Report on vaccination in Madras 1904-1921 - 1904-1921
Year: 1904
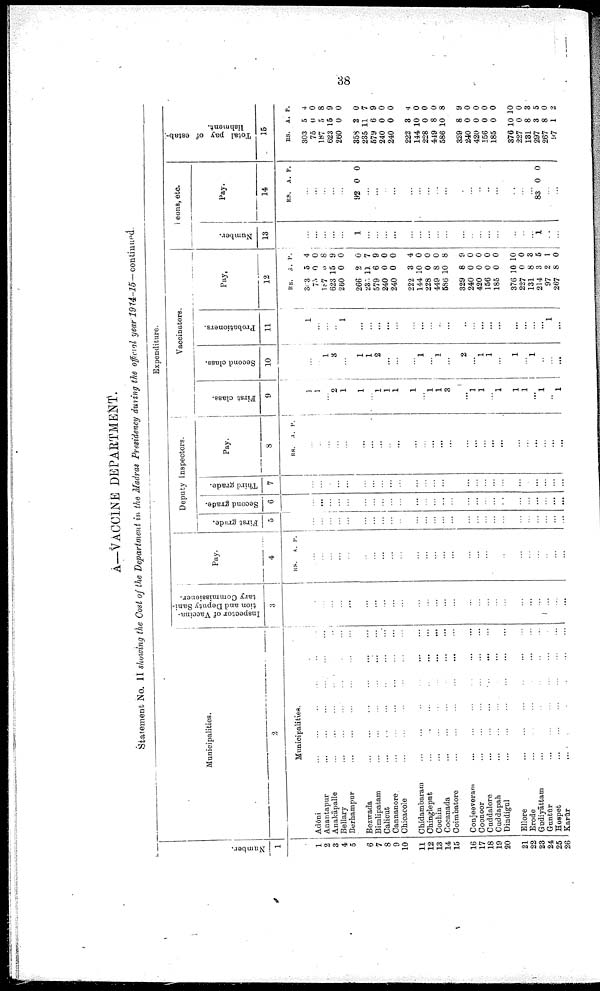
38
A—VACCINE DEPARTMENT.
Statement No. II showing the Cost of the Department in the Madras Presidency during the official year 1914-15— continued.
Number.
1
1
2
3
4
5
6
7
8
9
10
11
12
13
14
15
16
17
18
19
20
21
22
23
24
25
26
Municipalities.
2
Municipalities.
Adōni
...
...
...
...
...
...
Anantapur
...
...
...
...
...
...
Anakāpalle ... ... ... ... ... ...
Bellary ... ... ... ... ... ...
Berhampur ... ... ... ... ... ...
Bezwada
...
...
...
...
...
...
Bimlipatam
...
...
...
...
...
...
Calicut
...
...
...
...
...
...
Cannanore
...
...
...
...
...
...
Chicacole
...
...
...
...
...
...
Chidambaram
...
...
...
...
...
...
Chingleput
...
...
...
...
...
...
Cochin
...
...
...
...
...
...
Cocanada
...
...
...
...
...
...
Coimbatore
...
...
...
...
...
...
Conjeeveram
...
...
...
...
...
...
Coonoor
...
...
...
...
...
...
Cuddalore
...
...
...
...
...
...
Cuddapah ... ... ... ... ... ...
Dindigul
...
...
...
...
...
...
Ellore
...
...
...
...
...
...
Erode
...
...
...
...
...
...
Gudiyāttam ... ... ... ... ... ...
Guntūr
... ... ... ... ... ...
Hospet
...
...
...
...
...
...
Karūr
...
...
...
...
...
...
Expenditure.
Inspector of Vaccina
tion and Deputy Sani
tary Commissioner.
3
...
...
...
...
...
...
...
...
...
...
...
...
...
...
...
...
...
...
...
...
...
...
...
...
...
...
Pay.
4
RS. A. P.
...
...
...
...
...
...
...
...
...
...
...
...
...
...
...
...
...
...
...
...
...
...
...
...
...
...
Deputy Inspectors.
First grade.
5
...
...
...
...
...
...
...
...
...
...
...
...
...
...
...
...
...
...
...
...
...
...
...
...
...
...
Second grade.
6
...
...
...
...
...
...
...
...
...
...
...
...
...
...
...
...
...
...
...
...
...
...
...
...
...
...
Third grade.
7
...
...
...
...
...
...
...
...
...
...
...
...
...
...
...
...
...
...
...
...
...
...
...
...
...
...
Pay.
8
RS. A. P.
...
...
...
...
...
...
...
...
...
...
...
...
...
...
...
...
...
...
...
...
...
...
...
...
...
...
Vaccinators.
First class.
9
1
1
...
2
1
1
...
1
1
1
1
...
1
1
3
...
1
1
...
1
1
1
...
1
...
1
Second class.
10
...
...
1
3
...
1
1
2
...
...
...
1
...
1
...
2
...
1
1
...
1
...
1
...
...
...
Probationers.
11
1
...
...
...
1
...
...
...
...
...
...
...
...
...
...
...
...
...
...
...
...
...
...
...
1
...
Pay.
12
RS.
303
75
187
623
260
266
235
579
240
240
222
144
228
449
586
329
240
420
156
185
376
227
131
214
97
267
A.
5
0
3
15
0
2
11
6
0
0
3
10
0
8
10
8
0
0
0
0
10
0
8
3
2
8
P.
4
0
8
9
0
0
7
9
0
0
4
0
0
0
8
9
0
0
0
0
10
0
3
5
1
0
Peons, etc.
Number.
13
...
...
...
...
...
1
...
...
...
...
...
...
...
...
...
...
...
...
...
...
...
...
...
1
...
...
Pay.
14
RS. A P.
...
...
...
...
...
92 0 0
...
...
...
...
...
...
...
...
...
...
...
...
...
...
...
...
...
83 0 0
...
...
Total pay of estab¬
lishment.
15
RS.
303
75
187
623
260
358
235
579
240
240
222
144
228
449
586
329
240
420
156
185
376
227
131
297
267
97
A.
5
0
5
15
0
2
11
6
0
0
3
10
0
8
10
8
0
0
0
0
10
0
8
3
8
1
P.
4
0
8
9
0
0
7
9
0
0
4
0
0
0
8
9
0
0
0
0
10
0
3
5
0
2